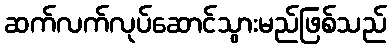
ဆက်လက်လုပ်ဆောင်သွားမည်ဖြစ်သည်